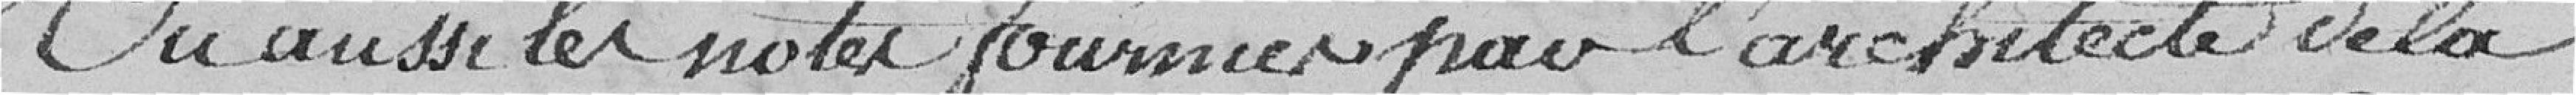
Vu aussi les notes fournies par l'architecte de la